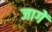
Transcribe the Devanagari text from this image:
जागें